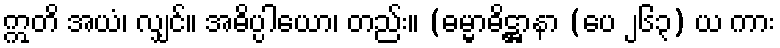
ဣတိ အယံ၊ လျှင်။ အဓိပ္ပါယော၊ တည်း။ (ဓမ္မာဓိဋ္ဌာနာ (ပေ ၂၆၃) ယ ကား